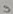
Text: 9